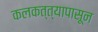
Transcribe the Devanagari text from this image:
कलकत्त्यापासून